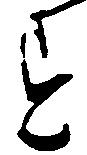
す